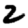
Digit: 2